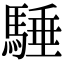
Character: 䮔